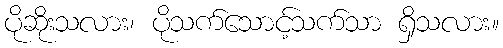
ပိုဆိုးသလား၊ ပိုသက်သောင့်သက်သာ ရှိသလား။